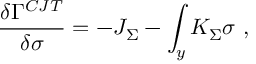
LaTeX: { \frac { \delta \Gamma ^ { C J T } } { \delta \sigma } } = - J _ { \Sigma } - \int _ { y } K _ { \Sigma } \sigma ~ ,